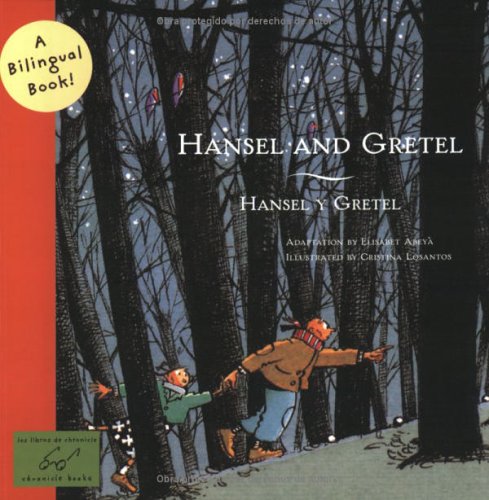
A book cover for Hansel and Gretel/Hansel y Gretel: A Bilingual Book (Bilingual Fairy Tales); Elisabet McClellen; Children's Books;